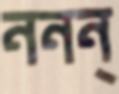
ননন্